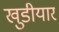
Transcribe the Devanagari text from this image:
खुडीयार